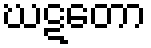
ဃဋတော